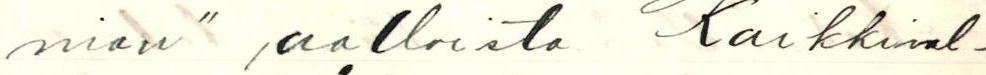
nian" aalloista Kaikkival-